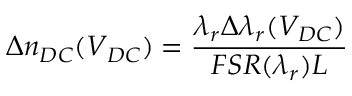
\Delta n _ { D C } ( V _ { D C } ) = \frac { \lambda _ { r } \Delta \lambda _ { r } ( V _ { D C } ) } { F S R ( \lambda _ { r } ) L }